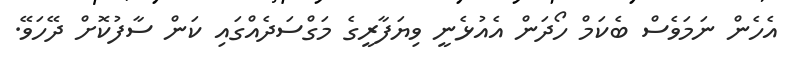
އެހެން ނަމަވެސް ބެކަމް ހޯދަން އެއުޅެނީ ވިޔަފާރީގެ މަގްސަދެއްގައި ކަން ސާފުކޮށް ދޭހަވޭ.